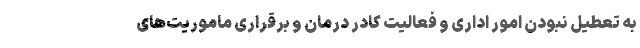
به تعطیل نبودن امور اداری و فعالیت کادر درمان و برقراری ماموریت‌های